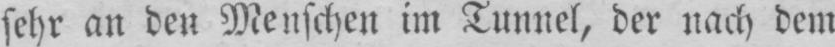
sehr an den Menschen im Tunnel, der nach dem